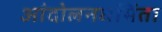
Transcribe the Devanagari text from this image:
आंदोलनधर्मिता